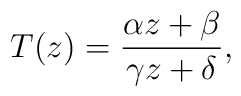
T(z) = {\alpha z + \beta \over \gamma z + \delta},